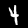
Label: 4